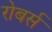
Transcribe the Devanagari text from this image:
रोबर्स